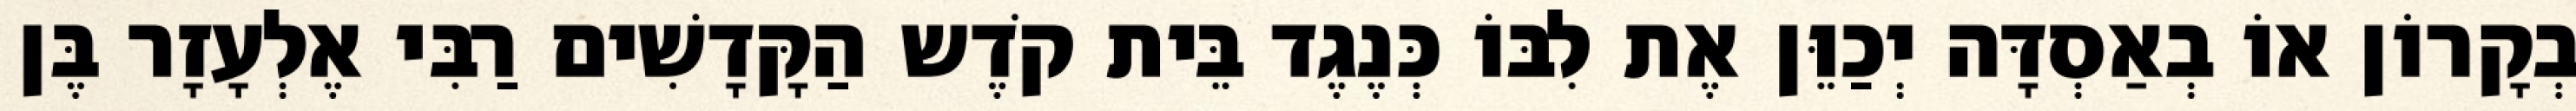
בְקָרוֹן אוֹ בְאַסְדָּה יְכַוֵּן אֶת לִבּוֹ כְּנֶגֶד בֵּית קֹדֶש הַקָּדָשִׁים רַבִּי אֶלְעָזָר בֶּן